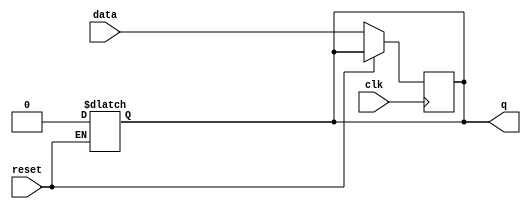
module async_reset_ff (
    input wire reset,      // Asynchronous Reset (active-high)
    input wire clk,        // Clock signal
    input wire data,       // Data/Input signal
    output reg q           // Output/Stored State
);

// Asynchronous Reset Logic
always @(*) begin
    if (reset) begin
        q <= 1'b0;         // Reset output to 0 when reset is asserted
    end
end

// Synchronous Logic on Clock Edge
always @(posedge clk) begin
    if (!reset) begin
        q <= data;        // Update output with data on rising edge of clk if reset is not asserted
    end
end

endmodule